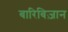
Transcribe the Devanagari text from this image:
बारिबिज़ान